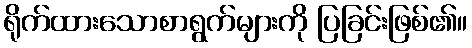
ရိုက်ထားသောစာရွက်များကို ပြခြင်းဖြစ်၏။